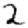
Digit: 2